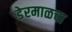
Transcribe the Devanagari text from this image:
डेरमाळचा